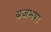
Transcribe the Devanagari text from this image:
ब्रजभषा